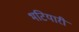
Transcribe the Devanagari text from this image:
भटियारी